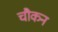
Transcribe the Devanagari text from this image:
चौकन